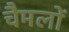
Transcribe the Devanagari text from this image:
चैमलों